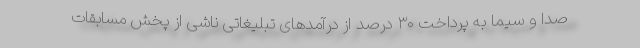
صدا و سیما به پرداخت ۳۰ درصد از درآمدهای تبلیغاتی ناشی از پخش مسابقات